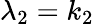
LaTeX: \lambda_{2}=k_{2}